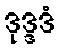
ဒုဒ္ဒဒံ